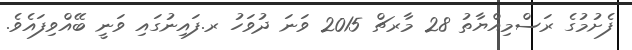
ފެށުމުގެ ރަސްމިއްޔާތު 28 މާރޗް 2015 ވަނަ ދުވަހު ރ.ފައިނުގައި ވަނީ ބޭއްވިފައެވެ.